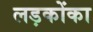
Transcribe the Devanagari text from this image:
लड़कोंका